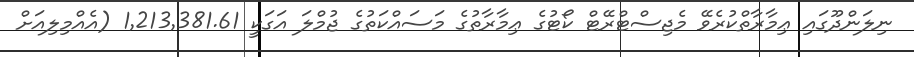
ނިލަންދޫގައި ޢިމާރާތްކުރެވޭ މެޖިސްޓްރޭޓް ކޯޓުގެ ޢިމާރާތުގެ މަސައްކަތުގެ ޖުމްލަ އަގަކީ 1